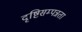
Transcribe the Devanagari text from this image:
दृष्टिसम्पन्नता